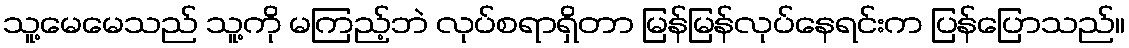
သူ့မေမေသည် သူ့ကို မကြည့်ဘဲ လုပ်စရာရှိတာ မြန်မြန်လုပ်နေရင်းက ပြန်ပြောသည်။